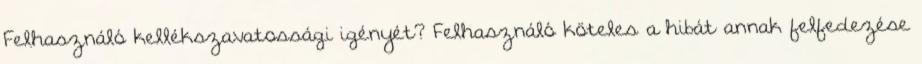
Felhasználó kellékszavatossági igényét? Felhasználó köteles a hibát annak felfedezése